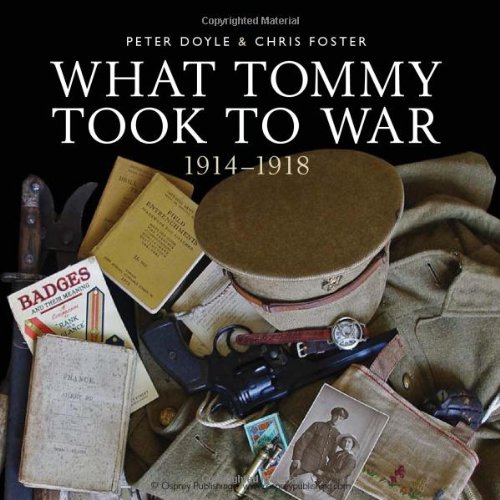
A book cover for What Tommy Took to War, 1914-1918 (Shire General); Peter Doyle; Crafts, Hobbies & Home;